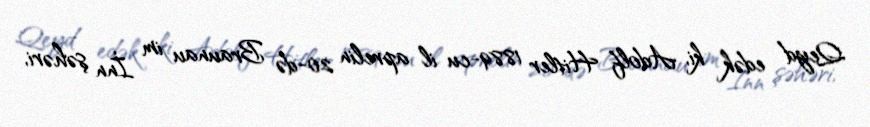
Qeyd edək ki, Adolf Hitler 1889-cu il aprelin 20-də Braunau im İnn şəhəri,